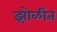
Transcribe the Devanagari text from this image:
झोळींत